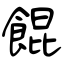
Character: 餛